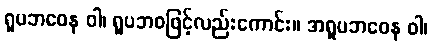
ရူပဘဝေန ဝါ၊ ရူပဘဝဖြင့်လည်းကောင်း။ အရူပဘဝေန ဝါ၊